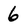
Character: 6